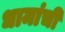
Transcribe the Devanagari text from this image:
धामांची